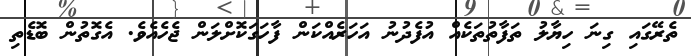
ތެރޭގައި ގިނަ ހިޔާލު ތަފާތުތަކެއް އުފެދުނު އަހަރެއްކަން ފާހަގަކޮށްލަން ޖެހެއެވެ. އެގޮތުން ބޮޑެތި